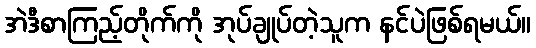
အဲဒီစာကြည့်တိုက်ကို အုပ်ချုပ်တဲ့သူက နင်ပဲဖြစ်ရမယ်။